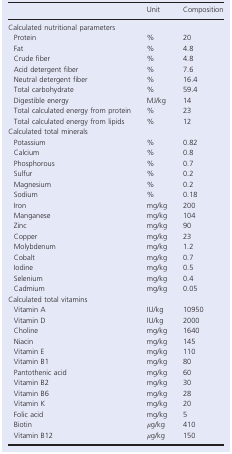
<table><thead><tr><td></td><td><b>Unit</b></td><td><b>Composition</b></td></tr></thead><tbody><tr><td colspan="3">Calculated nutritional parameters</td></tr><tr><td>Protein</td><td>%</td><td>20</td></tr><tr><td>Fat</td><td>%</td><td>4.8</td></tr><tr><td>Crude fiber</td><td>%</td><td>4.8</td></tr><tr><td>Acid detergent fiber</td><td>%</td><td>7.6</td></tr><tr><td>Neutral detergent fiber</td><td>%</td><td>16.4</td></tr><tr><td>Total carbohydrate</td><td>%</td><td>59.4</td></tr><tr><td>Digestible energy</td><td>MJ/kg</td><td>14</td></tr><tr><td>Total calculated energy from protein</td><td>%</td><td>23</td></tr><tr><td>Total calculated energy from lipids</td><td>%</td><td>12</td></tr><tr><td colspan="3">Calculated total minerals</td></tr><tr><td>Potassium</td><td>%</td><td>0.82</td></tr><tr><td>Calcium</td><td>%</td><td>0.8</td></tr><tr><td>Phosphorous</td><td>%</td><td>0.7</td></tr><tr><td>Sulfur</td><td>%</td><td>0.2</td></tr><tr><td>Magnesium</td><td>%</td><td>0.2</td></tr><tr><td>Sodium</td><td>%</td><td>0.18</td></tr><tr><td>Iron</td><td>mg/kg</td><td>200</td></tr><tr><td>Manganese</td><td>mg/kg</td><td>104</td></tr><tr><td>Zinc</td><td>mg/kg</td><td>90</td></tr><tr><td>Copper</td><td>mg/kg</td><td>23</td></tr><tr><td>Molybdenum</td><td>mg/kg</td><td>1.2</td></tr><tr><td>Cobalt</td><td>mg/kg</td><td>0.7</td></tr><tr><td>Iodine</td><td>mg/kg</td><td>0.5</td></tr><tr><td>Selenium</td><td>mg/kg</td><td>0.4</td></tr><tr><td>Cadmium</td><td>mg/kg</td><td>0.05</td></tr><tr><td colspan="3">Calculated total vitamins</td></tr><tr><td>Vitamin A</td><td>IU/kg</td><td>10950</td></tr><tr><td>Vitamin D</td><td>IU/kg</td><td>2000</td></tr><tr><td>Choline</td><td>mg/kg</td><td>1640</td></tr><tr><td>Niacin</td><td>mg/kg</td><td>145</td></tr><tr><td>Vitamin E</td><td>mg/kg</td><td>110</td></tr><tr><td>Vitamin B1</td><td>mg/kg</td><td>80</td></tr><tr><td>Pantothenic acid</td><td>mg/kg</td><td>60</td></tr><tr><td>Vitamin B2</td><td>mg/kg</td><td>30</td></tr><tr><td>Vitamin B6</td><td>mg/kg</td><td>28</td></tr><tr><td>Vitamin K</td><td>mg/kg</td><td>20</td></tr><tr><td>Folic acid</td><td>mg/kg</td><td>5</td></tr><tr><td>Biotin</td><td><i>μ</i>g/kg</td><td>410</td></tr><tr><td>Vitamin B12</td><td><i>μ</i>g/kg</td><td>150</td></tr></tbody></table>